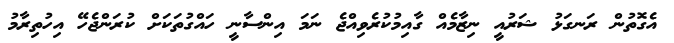
އެގޮތުން ރަނގަޅު ޝަރުއީ ނިޒާމެއް ގާއިމުކުރެވިއްޖެ ނަމަ އިންސާނީ ހައްގުތަކަށް ކުރަންޖެހޭ އިހުތިރާމު